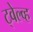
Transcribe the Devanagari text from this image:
ट्वेल्व्ह